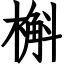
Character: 槲